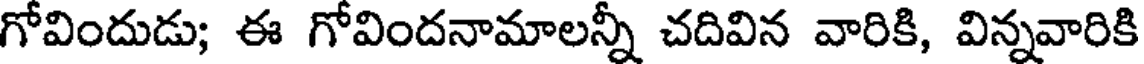
గోవిందుడు; ఈ గోవిందనామాలన్నీ చదివిన వారికి, విన్నవారికి